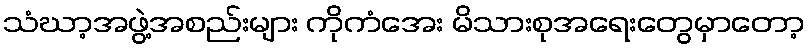
သံဃာ့အဖွဲ့အစည်းများ ကိုကံအေး မိသားစုအရေးတွေမှာတော့